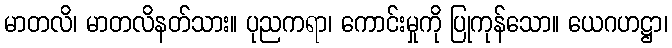
မာတလိ၊ မာတလိနတ်သား။ ပုညကရာ၊ ကောင်းမှုကို ပြုကုန်သော။ ယေဂဟဋ္ဌာ၊